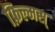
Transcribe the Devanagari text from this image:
फ़िल्मस्